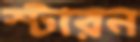
স্টারন